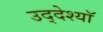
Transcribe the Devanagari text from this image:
उद्देश्यॉ